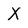
Character: X